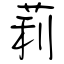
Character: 莉